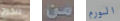
تتخرج من الورم